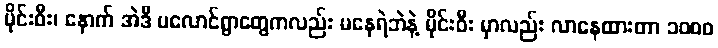
မိုင်းဝီး၊ နောက် အဲဒီ ပလောင်ရွာတွေကလည်း မနေရဲဘဲနဲ့ မိုင်းဝီး မှာလည်း လာနေထားတာ ၁၀၀၀